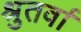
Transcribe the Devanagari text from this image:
श्रुतर्वा